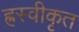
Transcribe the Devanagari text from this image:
ह्रस्वीकृत